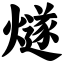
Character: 燧